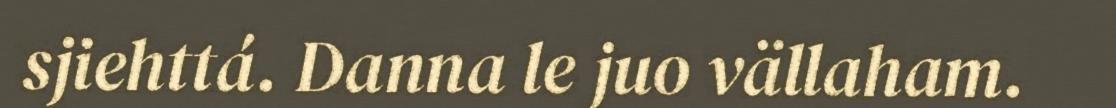
sjiehttá. Danna le juo vällaham.